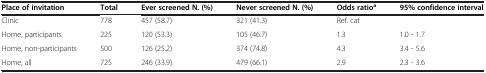
| Place of invitation | Total | Ever screened N. (%) | Never screened N. (%) | Odds ratioa | 95% confidence interval |
 | --- | --- | --- | --- | --- | --- |
 | Clinic | 778 | 457 (58.7) | 321 (41.3) | Ref. cat |  |
 | Home, participants | 225 | 120 (53.3) | 105 (46.7) | 1.3 | 1.0 - 1.7 |
 | Home, non-participants | 500 | 126 (25.2) | 374 (74.8) | 4.3 | 3.4 - 5.6 |
 | Home, all | 725 | 246 (33.9) | 479 (66.1) | 2.9 | 2.3 - 3.6 |